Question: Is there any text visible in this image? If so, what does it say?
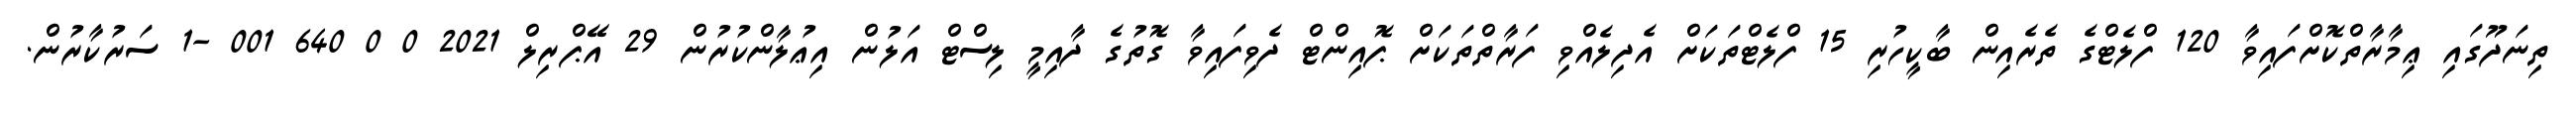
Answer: ތިނަދޫގައި ޢިމާރާތްކޮށްފައިވާ 120 ފްލެޓްގެ ތެރެއިން ބާކީހުރި 15 ފްލެޓްތަކަށް އެދިލެއްވި ފަރާތްތަކަށް ޕޮއިންޓް ދެވިފައިވާ ގޮތުގެ ދާއިމީ ލިސްޓް އަލުން އިޢުލާންކުރުން 29 އޭޕްރިލް 2021 0 0 640 001 -1 ސަރުކާރުން.